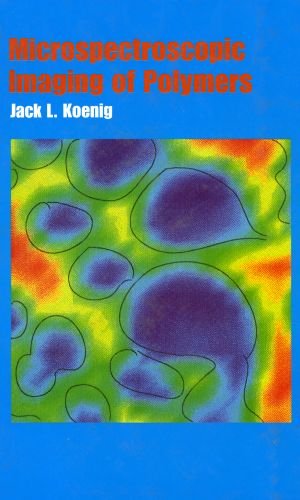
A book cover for Microspectroscopic Imaging of Polymers (ACS Professional Reference Book); Jack L. Koenig; Science & Math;